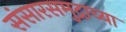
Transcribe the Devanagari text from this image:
संसारसमुद्राच्या